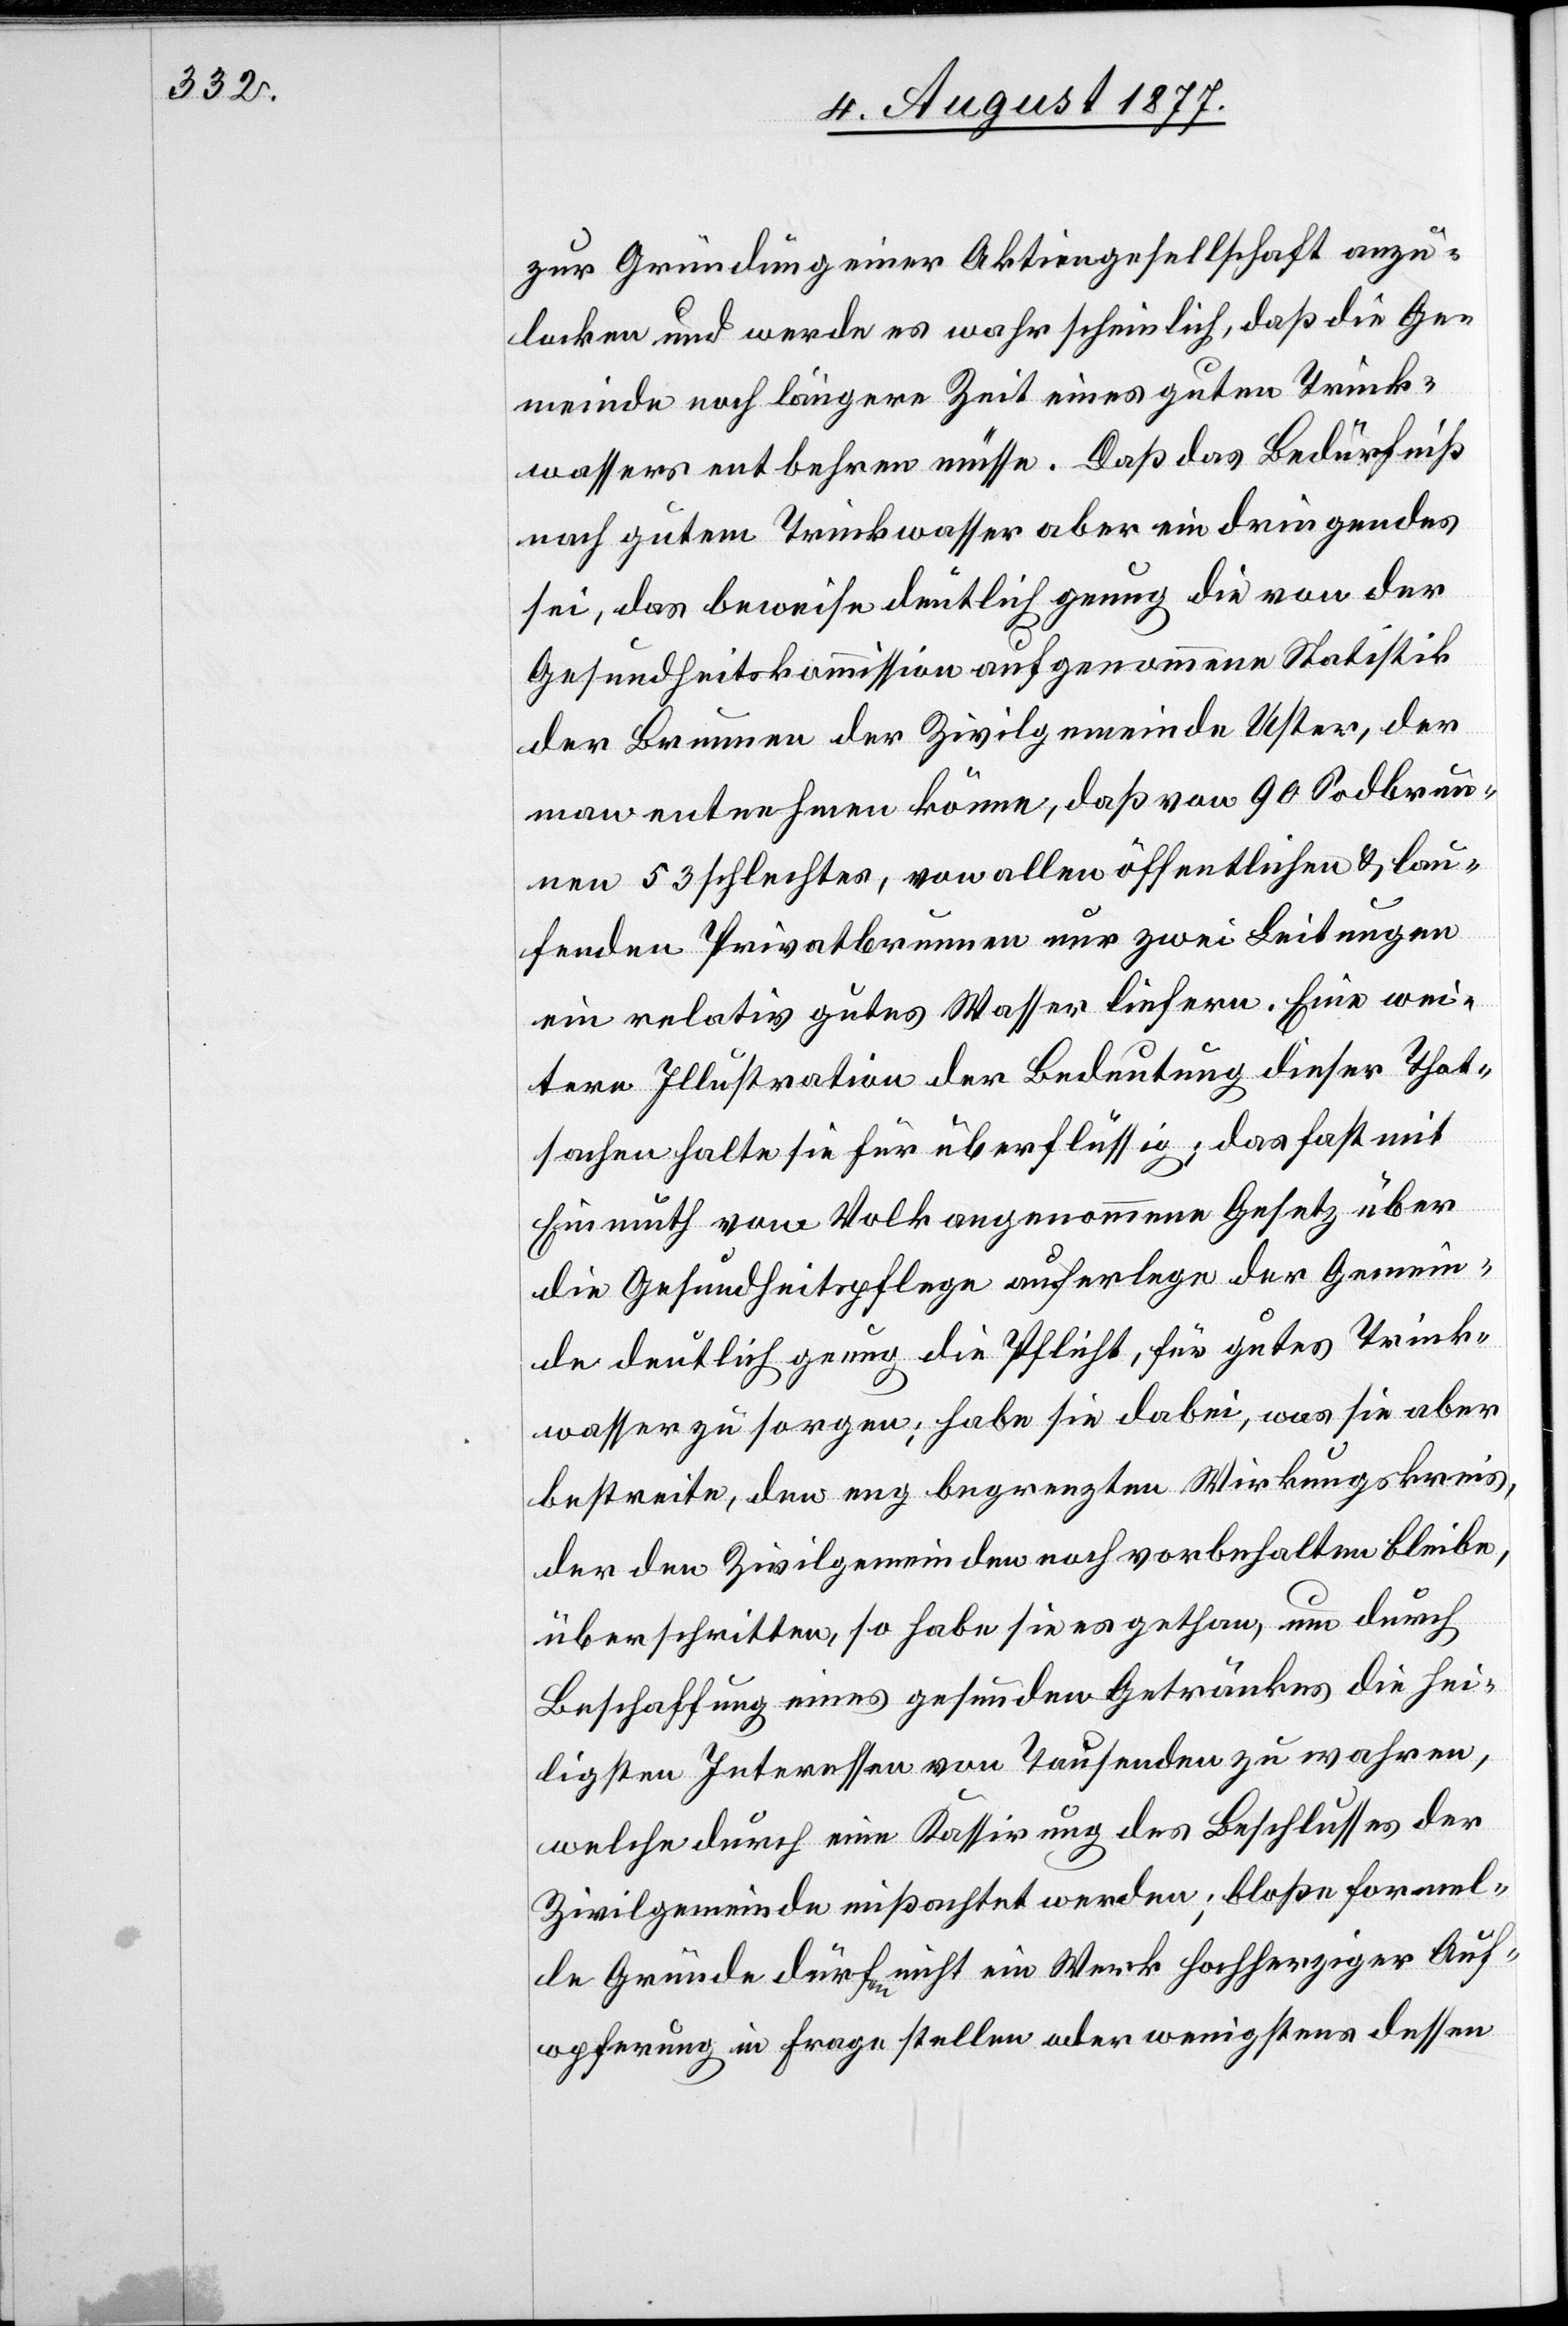
zur Gründung einer Aktiengesellschaft anzu¬
locken und werde es wahrscheinlich, daß die Ge¬
meinde noch längere Zeit eines guten Trink¬
wassers entbehren müsse. Daß das Bedürfniß
nach gutem Trinkwasser aber ein dringendes
sei, das beweise deutlich genug die von der
Gesundheitskommission aufgenommene Statistik
der Brunnen der Zivilgemeinde Uster, der
man entnehmen könne, daß von 90 Sodbrun¬
nen 53 schlechtes, von allen öffentlichen & lau¬
fenden Privatbrunnen nur zwei Leitungen
ein relativ gutes Wasser liefern. Eine wei¬
tere Illustration der Bedeutung dieser That¬
sachen halte sie für überflüssig; das fast mit
Einmuth vom Volk angenommene Gesetz über
die Gesundheitspflege auferlege der Gemein¬
de deutlich genug die Pflicht, für gutes Trink¬
wasser zu sorgen; habe sie dabei, was sie aber
bestreite, den eng begrenzten Wirkungskreis,
der den Zivilgemeinden noch vorbehalten bleibe,
überschritten, so habe sie es gethan, um durch
Beschaffung eines gesunden Getränkes die hei¬
ligsten Interessen von Tausenden zu wahren,
welche durch eine Kassirung des Beschlusses der
Zivilgemeinde mißachtet werden; bloße formel¬
le Gründe dürfen nicht ein Werk hochherziger Auf¬
opferung in Frage stellen oder wenigstens dessen